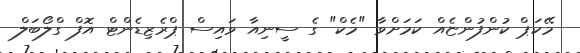
މޭކަޕް ކުންފުންޏެއް ކަމަށްވާ "މެކް" ގެ ސީނިއާ ވައިސް ޕްރެޒިޑެންޓް އޮފް ގްލޯބަލް